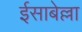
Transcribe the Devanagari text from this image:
ईसाबेल्ला